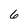
Character: 6